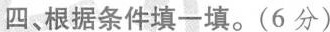
四、根据条件填一填。(6分)